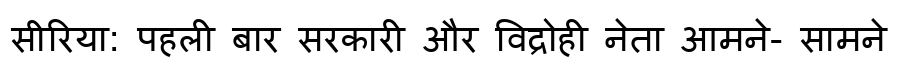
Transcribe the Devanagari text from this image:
सीरिया: पहली बार सरकारी और विद्रोही नेता आमने- सामने